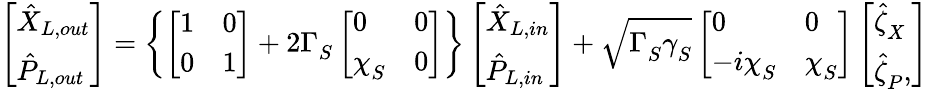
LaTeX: \left[\begin{array}{l}{\hat{X}_{L,out}}\\ {\hat{P}_{L,out}}\end{array}\right]=\left\{ \left[\begin{array}{ll}{1}&{0}\\ {0}&{1}\end{array}\right]+2\Gamma_{S}^{}\left[\begin{array}{ll}{0}&{0}\\ {\chi_{S}^{}}&{0}\end{array}\right]\right\} \left[\begin{array}{l}{\hat{X}_{L,in}}\\ {\hat{P}_{L,in}}\end{array}\right]+\sqrt{\Gamma_{S}^{}\gamma_{S}^{}}\left[\begin{array}{ll}{0}&{0}\\ {-i\chi_{S}^{}}&{\chi_{S}^{}}\end{array}\right]\left[\begin{array}{l}{\hat{\zeta}_{X}^{}}\\ {\hat{\zeta}_{P}^{},}\end{array}\right]